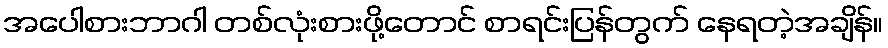
အပေါစားဘာဂါ တစ်လုံးစားဖို့တောင် စာရင်းပြန်တွက် နေရတဲ့အချိန်။